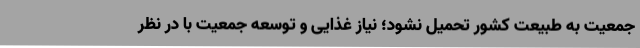
جمعیت به طبیعت کشور تحمیل نشود؛ نیاز غذایی و توسعه جمعیت با در نظر